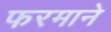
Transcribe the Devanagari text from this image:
फरमाने